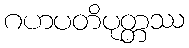
ဂဟပတိပုတ္တဿ